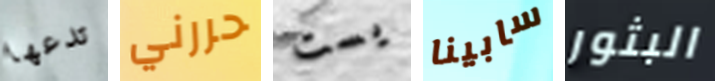
تدعها حررني يست سابينا البثور